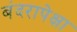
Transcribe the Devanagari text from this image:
बंदरापेक्षा